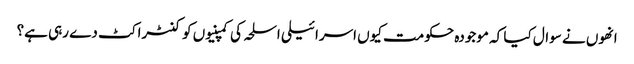
انھوں نے سوال کیا کہ موجودہ حکومت کیوں اسرائیلی اسلحہ کی کمپنیوں کو کنٹراکٹ دے رہی ہے؟